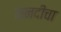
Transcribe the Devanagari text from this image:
सनदींचा